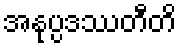
အနုပ္ပဒဿတီတိ